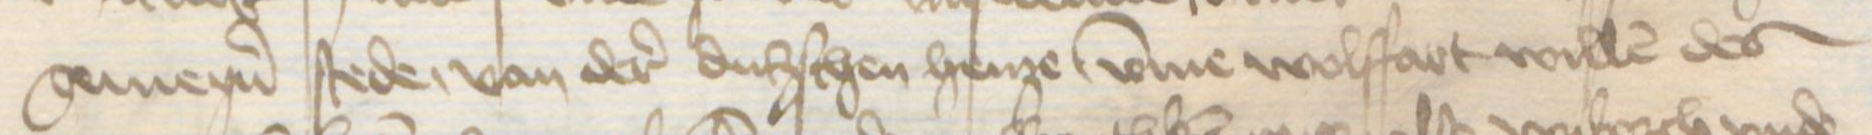
gemeyner stede, van der dudschen henze vmme wolffart willen des